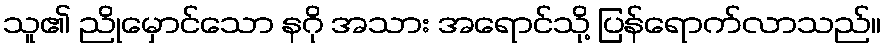
သူ၏ ညိုမှောင်သော နဂို အသား အရောင်သို့ ပြန်ရောက်လာသည်။